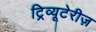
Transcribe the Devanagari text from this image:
ट्रिव्यूटेरीज़